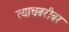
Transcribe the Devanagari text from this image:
त्याचबरीबर